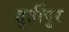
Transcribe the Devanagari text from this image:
तुर्तीपुर